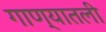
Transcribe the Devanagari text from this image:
गाण्यातली